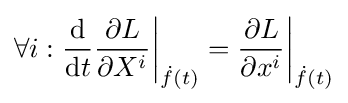
\forall i:{\frac {\mathrm {d} }{\mathrm {d} t}}{\frac {\partial L}{\partial X^{i}}}{\bigg |}_{{\dot {f}}(t)}={\frac {\partial L}{\partial x^{i}}}{\bigg |}_{{\dot {f}}(t)}